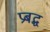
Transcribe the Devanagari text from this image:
प्रबद्ध